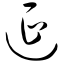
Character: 延